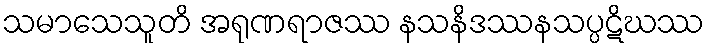
သမာသေသူတိ အရုဏရာဇဿ နသနိဒဿနသပ္ပဋိဃဿ